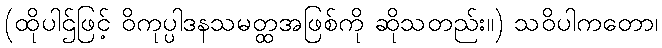
(ထိုပါဌ်ဖြင့် ဝိကုပ္ပါဒနသမတ္ထအဖြစ်ကို ဆိုသတည်း။) သဝိပါကတော၊